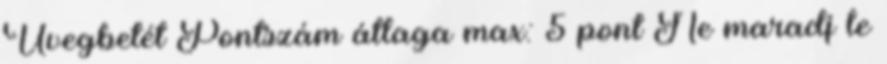
Üvegbetét Pontszám átlaga max: 5 pont Ne maradj le